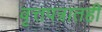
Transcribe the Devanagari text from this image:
वृत्तपत्रातही